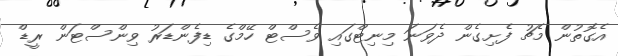
އެގޮތުން މެޗު ފެށިގެން ދެވަނަ މިނިޓްގައި ވެސްޓް ހޭމްގެ ޑިފެންޑަރު ވިންސްޓަން ރީޑް